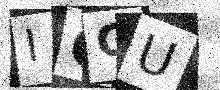
Text: IGGU